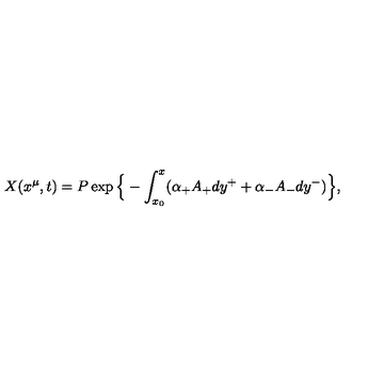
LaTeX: X ( x ^ { \mu } , t ) = P \exp \Big \{ - \int _ { x _ { 0 } } ^ { x } ( \alpha _ { + } A _ { + } d y ^ { + } + \alpha _ { - } A _ { - } d y ^ { - } ) \Big \} ,